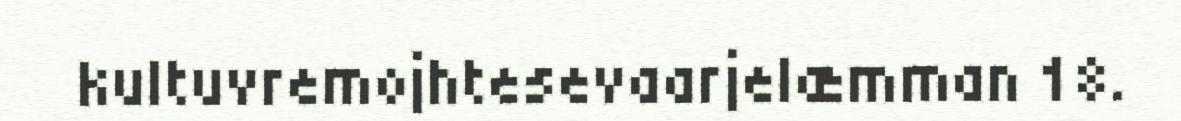
kultuvremojhtesevaarjelæmman 18.